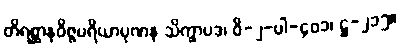
တိရစ္ဆာနဝိဇ္ဇပရိယာပုဏန သိက္ခာပဒ၊ ဝိ-၂-ပါ-၄၀၁၊ ဋ္ဌ-၂၁၅။